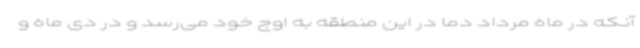
آنکه در ماه مرداد دما در این منطقه به اوج خود می‌رسد و در دی ماه و